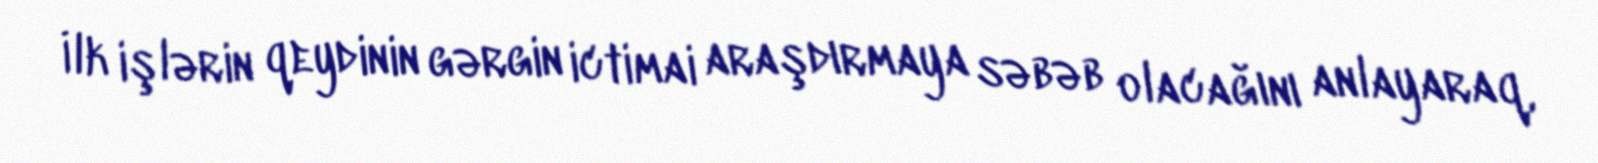
İlk işlərin qeydinin gərgin ictimai araşdırmaya səbəb olacağını anlayaraq,